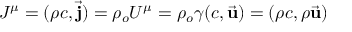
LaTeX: J ^ { \mu } = ( \rho c , { \vec { \mathbf { j } } } ) = \rho _ { o } U ^ { \mu } = \rho _ { o } \gamma ( c , { \vec { \mathbf { u } } } ) = ( \rho c , \rho { \vec { \mathbf { u } } } )